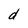
Character: d